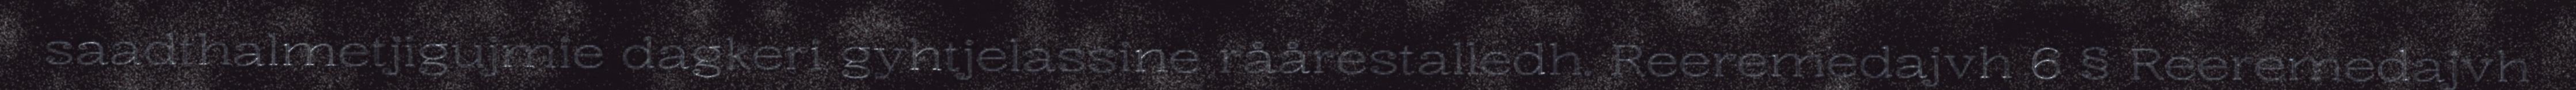
saadthalmetjigujmie dagkeri gyhtjelassine råårestalledh. Reeremedajvh 6 § Reeremedajvh